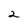
Character: 2